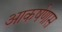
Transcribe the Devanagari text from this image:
आकर्षणास